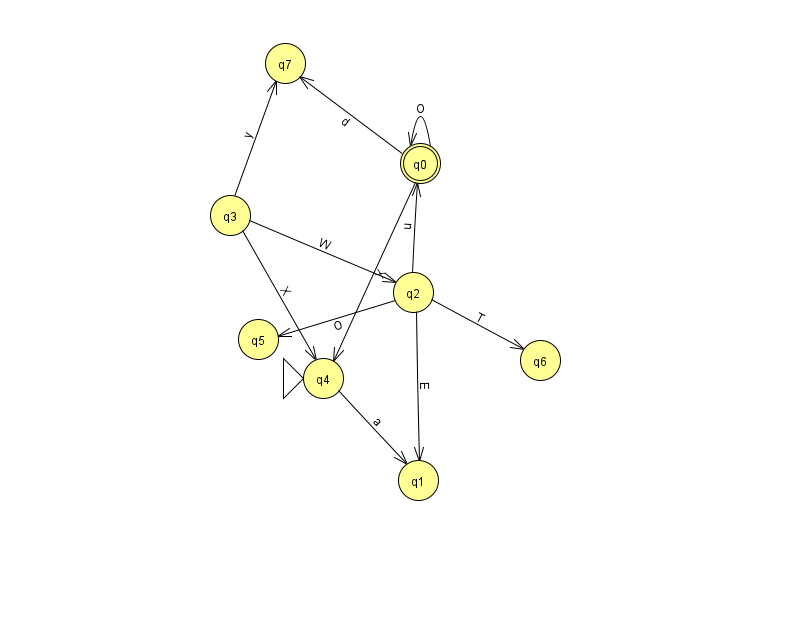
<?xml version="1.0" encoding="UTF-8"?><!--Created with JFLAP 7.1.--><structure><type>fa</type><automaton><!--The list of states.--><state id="0" name="q0"><x>420.0</x><y>150.0</y><final/></state><state id="1" name="q1"><x>418.0</x><y>467.0</y></state><state id="2" name="q2"><x>413.0</x><y>279.0</y></state><state id="3" name="q3"><x>230.0</x><y>202.0</y></state><state id="4" name="q4"><x>323.0</x><y>365.0</y><initial/></state><state id="5" name="q5"><x>258.0</x><y>326.0</y></state><state id="6" name="q6"><x>540.0</x><y>347.0</y></state><state id="7" name="q7"><x>285.0</x><y>50.0</y></state><!--The list of transitions.--><transition><from>2</from><to>5</to><read>O</read></transition><transition><from>0</from><to>7</to><read>d</read></transition><transition><from>2</from><to>1</to><read>E</read></transition><transition><from>3</from><to>7</to><read>y</read></transition><transition><from>2</from><to>6</to><read>T</read></transition><transition><from>3</from><to>2</to><read>W</read></transition><transition><from>3</from><to>4</to><read>X</read></transition><transition><from>4</from><to>1</to><read>a</read></transition><transition><from>2</from><to>0</to><read>u</read></transition><transition><from>0</from><to>0</to><read>O</read></transition><transition><from>0</from><to>4</to><read>X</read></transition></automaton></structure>